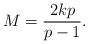
LaTeX: \begin{align*} M=\frac{2kp}{p-1} . \end{align*}